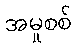
အမှုစစ်